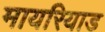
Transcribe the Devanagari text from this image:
मायरियाड